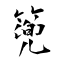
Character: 篼